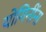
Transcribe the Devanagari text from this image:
योगिनींना